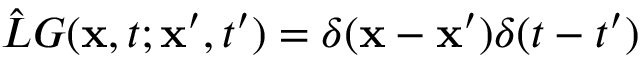
\hat { L } G ( \mathbf { x } , t ; \mathbf { x } ^ { \prime } , t ^ { \prime } ) = \delta ( \mathbf { x } - \mathbf { x } ^ { \prime } ) \delta ( t - t ^ { \prime } )